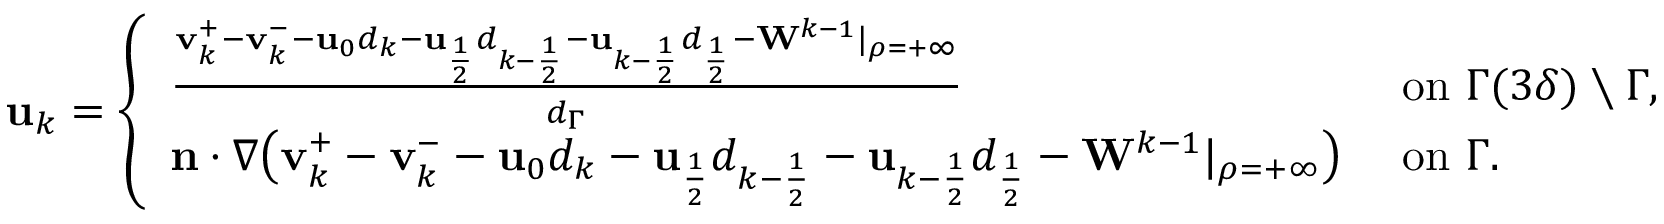
\begin{array} { r } { \mathbf { u } _ { k } = \left\{ \begin{array} { l l } { \frac { \mathbf { v } _ { k } ^ { + } - \mathbf { v } _ { k } ^ { - } - \mathbf { u } _ { 0 } d _ { k } - \mathbf { u } _ { \frac { 1 } { 2 } } d _ { k - \frac { 1 } { 2 } } - \mathbf { u } _ { k - \frac { 1 } { 2 } } d _ { \frac { 1 } { 2 } } - \mathbf { W } ^ { k - 1 } | _ { \rho = + \infty } } { d _ { \Gamma } } } & { \ \mathrm { o n ~ } \Gamma ( 3 \delta ) \setminus \Gamma , } \\ { \mathbf { n } \cdot \nabla \big ( \mathbf { v } _ { k } ^ { + } - \mathbf { v } _ { k } ^ { - } - \mathbf { u } _ { 0 } d _ { k } - \mathbf { u } _ { \frac { 1 } { 2 } } d _ { k - \frac { 1 } { 2 } } - \mathbf { u } _ { k - \frac { 1 } { 2 } } d _ { \frac { 1 } { 2 } } - \mathbf { W } ^ { k - 1 } | _ { \rho = + \infty } \big ) } & { \ \mathrm { o n ~ } \Gamma . } \end{array} \right. } \end{array}